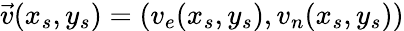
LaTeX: \vec{v}(x_{s},y_{s})=(v_{e}(x_{s},y_{s}),v_{n}(x_{s},y_{s}))